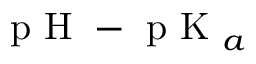
\mathrm { ~ p ~ H ~ } - \mathrm { ~ p ~ K ~ } _ { a }